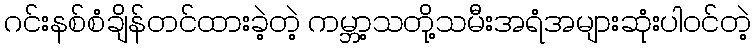
ဂင်းနစ်စံချိန်တင်ထားခဲ့တဲ့ ကမ္ဘာ့သတို့သမီးအရံအများဆုံးပါ၀င်တဲ့